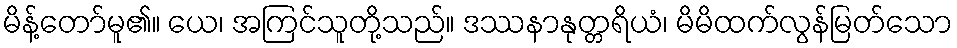
မိန့်တော်မူ၏။ ယေ၊ အကြင်သူတို့သည်။ ဒဿနာနုတ္တရိယံ၊ မိမိထက်လွန်မြတ်သော